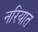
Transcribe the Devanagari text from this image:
नरियात